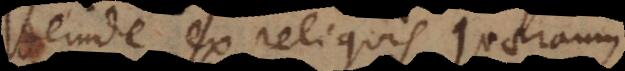
deinde ex reliquis quaeramus